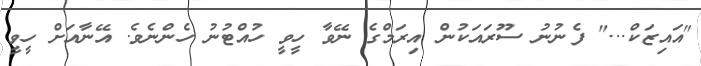
"އައިޒަކް..." ފެނުނު ސޫރައަކުން އިރަމްގެ ނޭވާ ހީވީ ހުއްޓުނު ހެންނެވެ. އޭނާއަށް ހީވީ